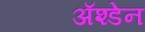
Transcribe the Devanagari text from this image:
ॲश्डेन